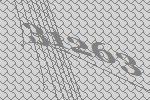
31263